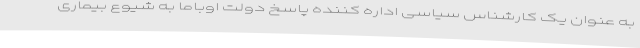
به عنوان یک کارشناس سیاسی اداره کننده پاسخ دولت اوباما به شیوع بیماری